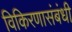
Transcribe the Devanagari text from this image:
विकिरणासंबंधी